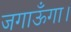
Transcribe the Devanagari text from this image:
जगाऊँगा।